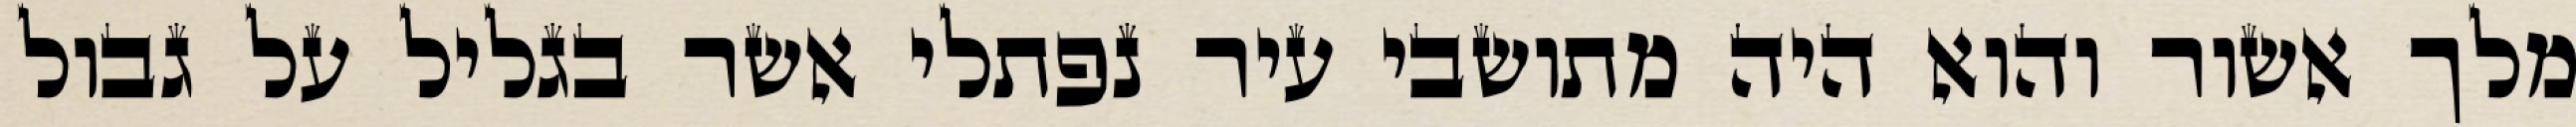
מלך אשור והוא היה מתושבי עיר נפתלי אשר בגליל על גבול